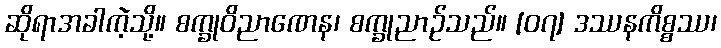
ဆိုရာအခါကဲ့သို့။ စက္ခုဝိညာဏေန၊ စက္ခုညာဉ်သည်။ [၀၇] ဒဿနကိစ္စဿ၊